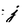
Character: j